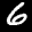
Label: 6